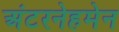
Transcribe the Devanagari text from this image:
अंटरनेहमेन